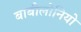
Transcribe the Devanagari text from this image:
बाबीलोनियो